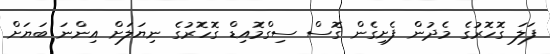
ފަލަ ގޮހޮރުގެ މެދުން ފެށިގެން ގޮސް ސިގްމޮއިޑް ގޮހޮރުގެ ނިޔަލަށް އިންނަ ބަޔަށް